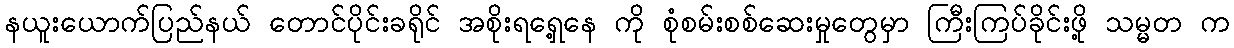
နယူးယောက်ပြည်နယ် တောင်ပိုင်းခရိုင် အစိုးရရှေ့နေ ကို စုံစမ်းစစ်ဆေးမှုတွေမှာ ကြီးကြပ်ခိုင်းဖို့ သမ္မတ က